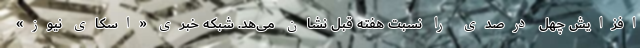
افزایش چهل درصدی را نسبت هفته قبل نشان می‌هد. شبکه خبری «اسکای نیوز»